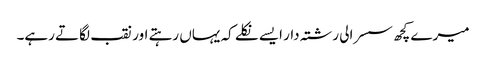
میرے کچھ سسرالی رشتہ دار ایسے نکلے کہ یہاں رہتے اور نقب لگاتے رہے۔